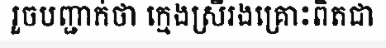
រួចបញ្ជាក់ថា ក្មេងស្រីរងគ្រោះពិតជា